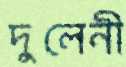
দুলেনী